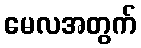
မေလအတွက်